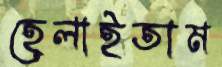
হেলাইতাম